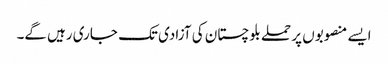
ایسے منصوبوں پر حملے بلوچستان کی آزادی تک جاری رہیں گے۔